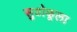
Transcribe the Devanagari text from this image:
सुडोकूला